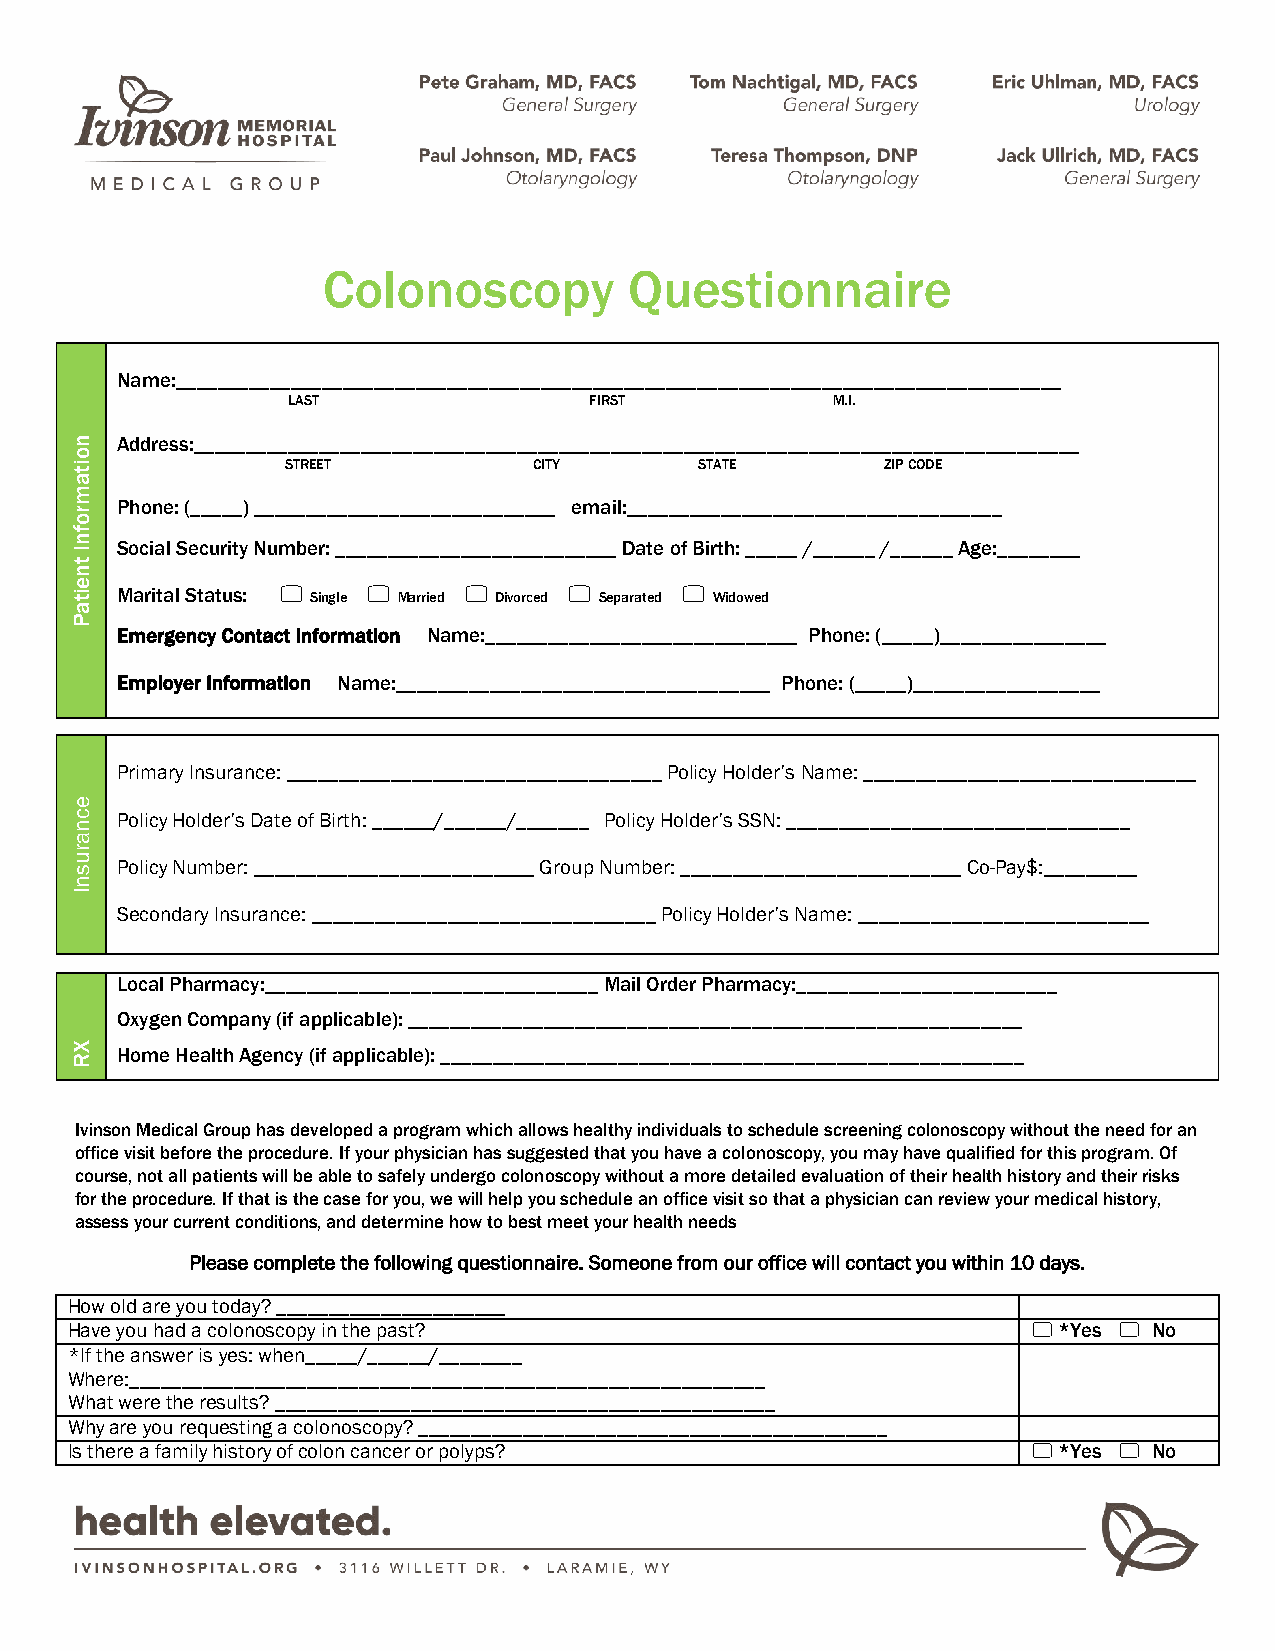
Colonoscopy          Questionnaire
 Name:_____________________________________________________________________________________
 LAST                FIRST           M.I.
 Address:_____________________________________________________________________________________
 STREET          CITY       STATE       ZIP CODE
 Phone: (_____) _____________________________ email:____________________________________
 Social Security Number: ___________________________ Date of Birth: _____ /______ /______ Age:________
 Marital Status:  Single  Married  Divorced  Separated  Widowed
 Emergency Contact Information Name:______________________________ Phone: (_____)________________
 Employer Information Name:____________________________________ Phone: (_____)__________________
 Primary Insurance: ____________________________________ Policy Holder’s Name: ________________________________
 Policy Holder’s Date of Birth: ______/______/_______ Policy Holder’s SSN: _________________________________
 Policy Number: ___________________________ Group Number: ___________________________ Co-Pay$:_________
 Secondary Insurance: _________________________________ Policy Holder’s Name: ____________________________
 Local Pharmacy:________________________________ Mail Order Pharmacy:_________________________
 Oxygen Company (if applicable): ___________________________________________________________
 Home Health Agency (if applicable): ________________________________________________________
 Ivinson Medical Group has developed a program which allows healthy individuals to schedule screening colonoscopy without the need for an
 office visit before the procedure. If your physician has suggested that you have a colonoscopy, you may have qualified for this program. Of
 course, not all patients will be able to safely undergo colonoscopy without a more detailed evaluation of their health history and their risks
 for the procedure. If that is the case for you, we will help you schedule an office visit so that a physician can review your medical history,
 assess your current conditions, and determine how to best meet your health needs
 Please complete the following questionnaire. Someone from our office will contact you within 10 days.
 How old are you today? ______________________
 Have you had a colonoscopy in the past?                          *Yes  No
 *If the answer is yes: when_____/______/________
 Where:_____________________________________________________________
 What were the results? ________________________________________________
 Why are you requesting a colonoscopy? _____________________________________________
 Is there a family history of colon cancer or polyps?             *Yes  No
 noitamrofnI
 tneitaP
 ecnarusnI
 XR